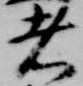
者